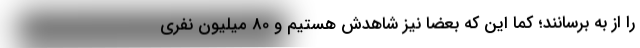
را از به برسانند؛ کما این که بعضاً نیز شاهدش هستیم و 80 میلیون نفری